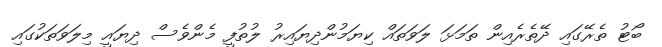
ބޯޓު ތެރޭގައި ދޭތެރެއިން ތަމަޅަ ލަވަތައް ކިޔަމުންދިޔައިރު ލުތުފީ މެންވެސް ދިޔައީ މިލަވަތަކުގައި